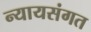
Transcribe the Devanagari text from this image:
न्‍यायसंगत